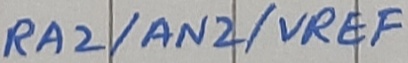
Text: RA2/AN2/VREF